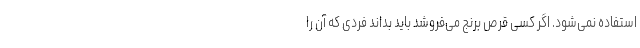
استفاده نمی‌شود. اگر کسی قرص برنج می‌فروشد باید بداند فردی که آن را